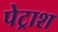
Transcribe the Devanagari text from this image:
पेट्राश